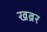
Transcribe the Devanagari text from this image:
खब्रर